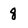
Character: 8